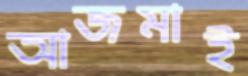
আজমাই